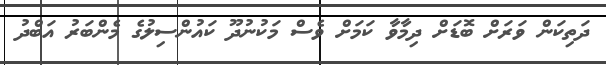
ދަތިކަން ވަރަށް ބޮޑަށް ދިމާވާ ކަމަށް ވެސް މަކުނުދޫ ކައުންސިލުގެ މެންބަރު އަބްދު